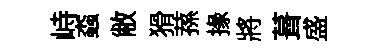
峙螙敝猾蓀掾將葺盛